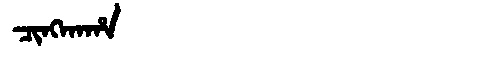
Manchu: ᠴᡳᠩᡴᠠᡥᠠ
Romanization: CINGKAHA